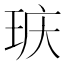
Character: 𮴕